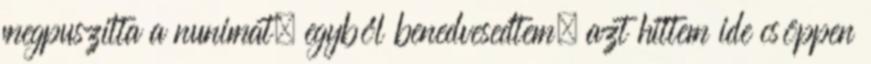
megpuszilta a nunimat, egyből benedvesedtem, azt hittem ide csöppen